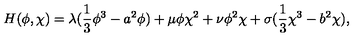
H ( \phi , \chi ) = \lambda ( \frac { 1 } { 3 } \phi ^ { 3 } - a ^ { 2 } \phi ) + \mu \phi \chi ^ { 2 } + \nu \phi ^ { 2 } \chi + \sigma ( \frac { 1 } { 3 } \chi ^ { 3 } - b ^ { 2 } \chi ) ,